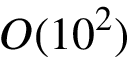
O ( 1 0 ^ { 2 } )